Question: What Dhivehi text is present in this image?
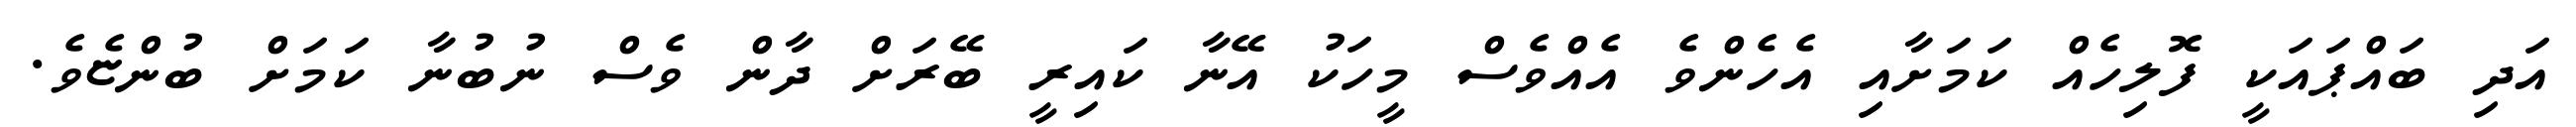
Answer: އަދި ބައްޕައަކީ ފޮލިހެއް ކަމަށާއި އެހެންވެ އެއްވެސް މީހަކު އޭނާ ކައިރީ ބޭރަށް ދާން ވެސް ނުބުނާ ކަމަށް ބުންޏެވެ.